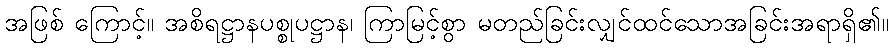
အဖြစ် ကြောင့်။ အစိရဋ္ဌာနပစ္စုပဋ္ဌာန၊ ကြာမြင့်စွာ မတည်ခြင်းလျှင်ထင်သောအခြင်းအရာရှိ၏။